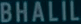
BHALIL